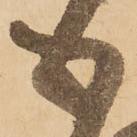
心